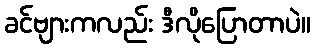
ခင်ဗျားကလည်း ဒီလိုပြောတာပဲ။